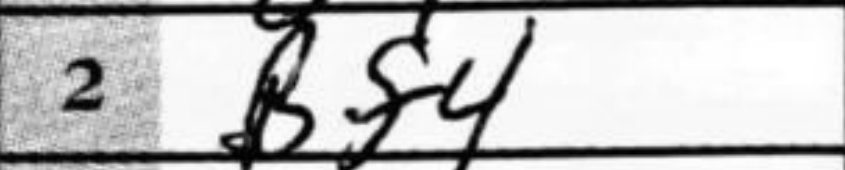
Transcription: Bf4